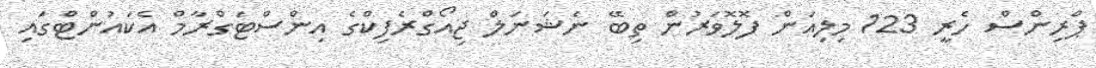
ޕްރިންސް ހެރީ 123 މިލިއަން ފޮލޮވަރުން ތިބޭ ނެޝަނަލް ޖިއޯގްރެފިކްގެ އިންސްޓަގްރާމް އެކައުންޓްގައި